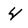
Character: 4